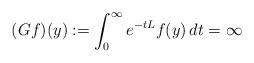
LaTeX: \begin{align*}(Gf)(y):=\int_0^\infty e^{-t L} f(y)\,dt=\infty\end{align*}